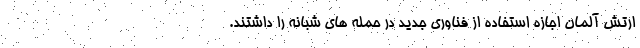
ارتش آلمان اجازه استفاده از فناوری جدید در حمله های شبانه را داشتند.